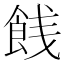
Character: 䬻